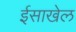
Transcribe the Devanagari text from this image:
ईसाखेल